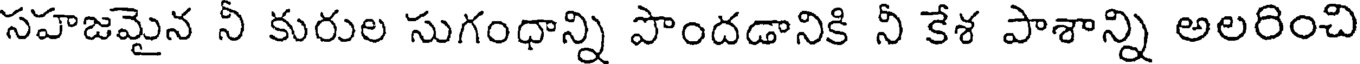
సహజమైన నీ కురుల సుగంధాన్ని పొందడానికి నీ కేశ పాశాన్ని అలరించి